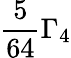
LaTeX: \frac{5}{64}\Gamma_{4}